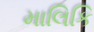
માલિકિ